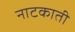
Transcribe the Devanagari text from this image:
नाटकाती